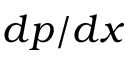
d p / d x